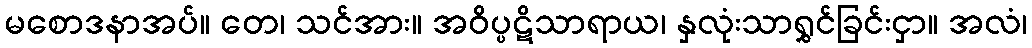
မစောဒနာအပ်။ တေ၊ သင်အား။ အဝိပ္ပဋိသာရာယ၊ နှလုံးသာရွှင်ခြင်းငှာ။ အလံ၊